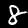
Digit: 8